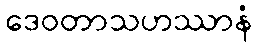
ဒေဝတာသဟဿာနံ